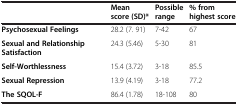
<table><thead><tr><td><b> </b></td><td><b>Mean score (SD)*</b></td><td><b>Possible range</b></td><td><b>% from highest score</b></td></tr></thead><tbody><tr><td><b>Psychosexual Feelings</b></td><td>28.2 (7. 91)</td><td>7-42</td><td>67</td></tr><tr><td><b>Sexual and Relationship Satisfaction</b></td><td>24.3 (5.46)</td><td>5-30</td><td>81</td></tr><tr><td><b>Self-Worthlessness</b></td><td>15.4 (3.72)</td><td>3-18</td><td>85.5</td></tr><tr><td><b>Sexual Repression</b></td><td>13.9 (4.19)</td><td>3-18</td><td>77.2</td></tr><tr><td><b>The SQOL-F</b></td><td>86.4 (1.78)</td><td>18-108</td><td>80</td></tr></tbody></table>